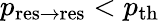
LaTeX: p_{\mathrm{res\to res}}<p_{\mathrm{th}}